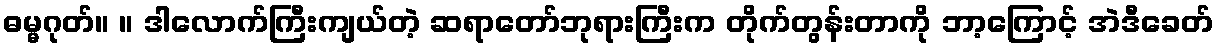
ဓမ္မဂုတ်။ ။ ဒါလောက်ကြီးကျယ်တဲ့ ဆရာတော်ဘုရားကြီးက တိုက်တွန်းတာကို ဘာ့ကြောင့် အဲဒီခေတ်